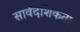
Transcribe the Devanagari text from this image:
सार्वदेशिकता